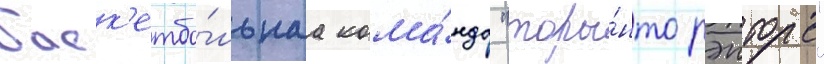
баск'етбо́льнаа кома́нда "торо́нто рэпторс"